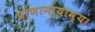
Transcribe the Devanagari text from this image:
प्राणानायाम्य।